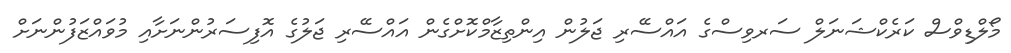
މޯލްޑިވްސް ކަރެކްޝަނަލް ސަރވިސްގެ އައްސޭރި ޖަލުން އިންތިޒާމްކޮށްގެން އައްސޭރި ޖަލުގެ އޮފިސަރުންނަށާއި މުވައްޒަފުންނަށް